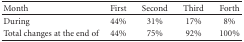
<table><thead><tr><td><b>Month</b></td><td><b>First</b></td><td><b>Second</b></td><td><b>Third</b></td><td><b>Forth</b></td></tr></thead><tbody><tr><td>During</td><td>44%</td><td>31%</td><td>17%</td><td>8%</td></tr><tr><td>Total changes at the end of</td><td>44%</td><td>75%</td><td>92%</td><td>100%</td></tr></tbody></table>